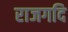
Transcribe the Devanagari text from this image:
राजगदि